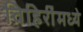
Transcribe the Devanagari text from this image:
विहिरींमध्ये